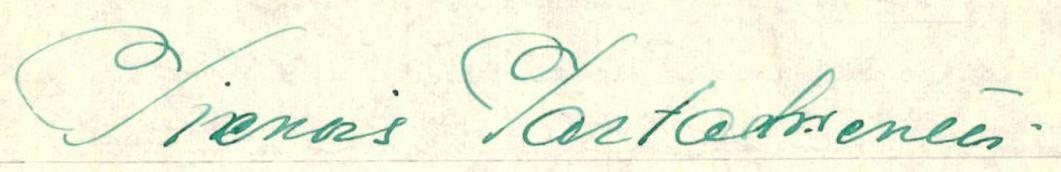
Pienois Parlamentti